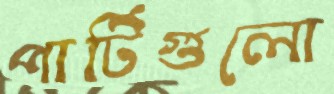
পার্টিগুলো